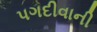
પગદીવાની